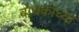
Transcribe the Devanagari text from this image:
वाचकांच्‍या